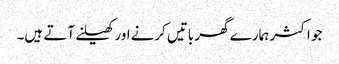
جو اکثر ہمارے گھر باتیں کرنےاور کھیلنے آتے ہیں۔